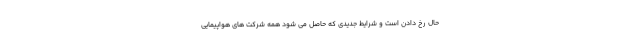
حال رخ دادن است و شرایط جدیدی که حاصل می شود همه شرکت های هواپیمایی